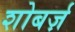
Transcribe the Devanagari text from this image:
शोबर्ज़